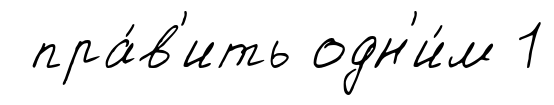
пра́в'ить одн'и́м 1